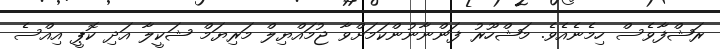
ރަޝްފާވެސް ހިމެނެއެވެ. މަޝްހޫރު ފަންނާނުންކަމަށްވާ ޖުމައްޔިލް މަރިޔަމް ޝަކީލާ އަދި ކޮޕީ އިއްސެ